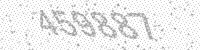
Solution: 459887